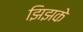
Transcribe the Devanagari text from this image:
झिझके